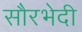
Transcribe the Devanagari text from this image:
सौरभेदी